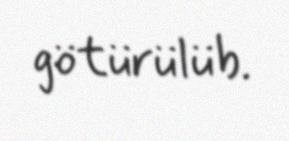
götürülüb.